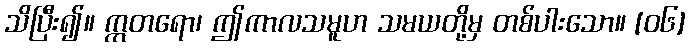
သိပြီး၍။ ဣတရော၊ ဤကာလသမူဟ သမယတို့မှ တစ်ပါးသော။ [၀၆]